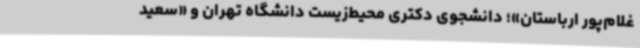
غلام‌پور ارباستان»؛ دانشجوی دکتری محیط‌زیست دانشگاه تهران و «سعید